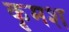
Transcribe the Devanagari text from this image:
कृमश